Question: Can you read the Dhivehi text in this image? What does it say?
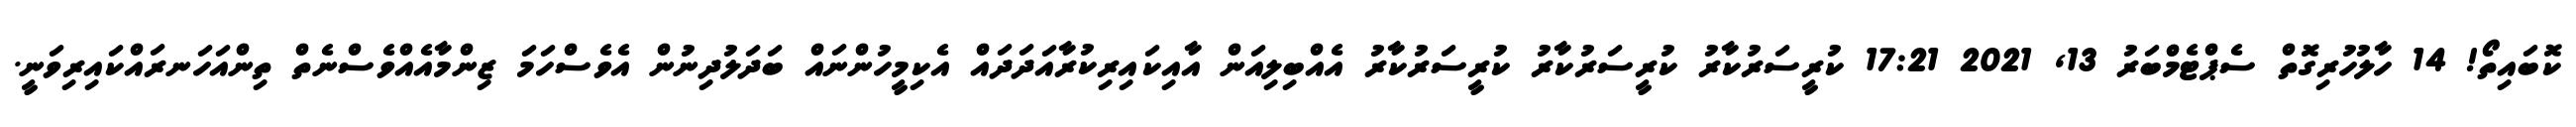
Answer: ކޮބައިތޯ! 14 ހާލުހުރިގޮތް ސެޕްޓެމްބަރު 13, 2021 17:21 ކުރީސަރުކާރު ކުރީސަރުކާރު ކުރީސަރުކާރު އެއްބިލިއަން އާއިކައިރިކުރާއަދަދައް އެކިމީހުންނައް ބަދަލުދިނުން އެވެސްހަމަ ޒިންމާއެއްވެސްނެތް ތިންއަހަނރައްކައިރިވަނީ.